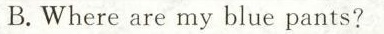
B.Where are my blue pants?